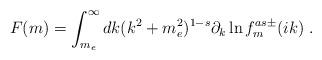
LaTeX: \begin{align*}F(m)=\int_{m_e}^\infty dk (k^2+m_e^2)^{1-s}\partial_k \ln f^{as\pm}_{m}(ik) \ .\end{align*}